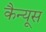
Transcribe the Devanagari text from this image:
कैन्यूस